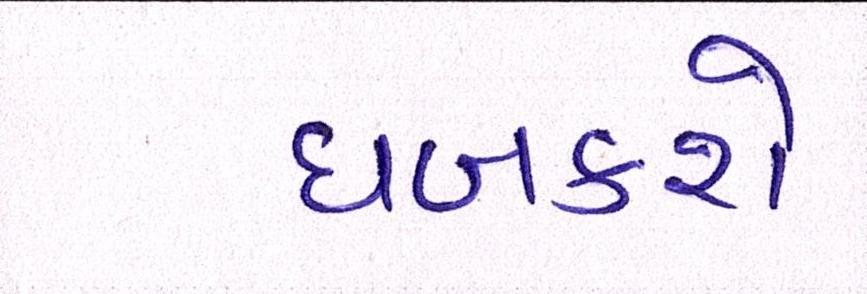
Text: ધબકશે